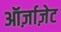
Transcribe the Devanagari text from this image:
ऑर्ज़ाज़ेट